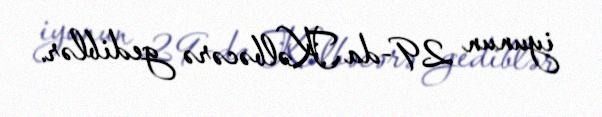
iyunun 29-da Kəlbəcərə gediblər.